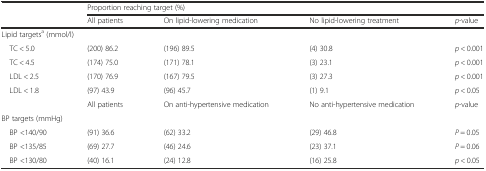
<table><thead><tr><td rowspan="2"></td><td colspan="4"><b>Proportion reaching target (%)</b></td></tr><tr><td><b>All patients</b></td><td><b>On lipid-lowering medication</b></td><td><b>No lipid-lowering treatment</b></td><td><b><i>p</i>-value</b></td></tr></thead><tbody><tr><td colspan="5">Lipid targets<sup>a</sup> (mmol/l)</td></tr><tr><td> TC &lt; 5.0</td><td>(200) 86.2</td><td>(196) 89.5</td><td>(4) 30.8</td><td><i>p</i> &lt; 0.001</td></tr><tr><td> TC &lt; 4.5</td><td>(174) 75.0</td><td>(171) 78.1</td><td>(3) 23.1</td><td><i>p</i> &lt; 0.001</td></tr><tr><td> LDL &lt; 2.5</td><td>(170) 76.9</td><td>(167) 79.5</td><td>(3) 27.3</td><td><i>p</i> &lt; 0.001</td></tr><tr><td> LDL &lt; 1.8</td><td>(97) 43.9</td><td>(96) 45.7</td><td>(1) 9.1</td><td><i>p</i> &lt; 0.05</td></tr><tr><td></td><td>All patients</td><td>On anti-hypertensive medication</td><td>No anti-hypertensive medication</td><td><i>p</i>-value</td></tr><tr><td colspan="5">BP targets (mmHg)</td></tr><tr><td> BP &lt;140/90</td><td>(91) 36.6</td><td>(62) 33.2</td><td>(29) 46.8</td><td><i>P</i> = 0.05</td></tr><tr><td> BP &lt;135/85</td><td>(69) 27.7</td><td>(46) 24.6</td><td>(23) 37.1</td><td><i>P</i> = 0.06</td></tr><tr><td> BP &lt;130/80</td><td>(40) 16.1</td><td>(24) 12.8</td><td>(16) 25.8</td><td><i>p</i> &lt; 0.05</td></tr></tbody></table>